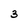
Character: 3